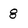
Character: 8